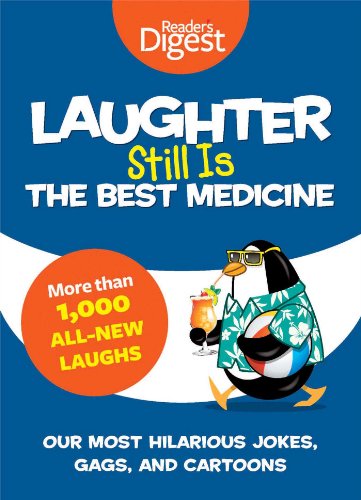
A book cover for Laughter Still Is the Best Medicine: Our Most Hilarious Jokes, Gags, and Cartoons; Editors of Reader's Digest; Humor & Entertainment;